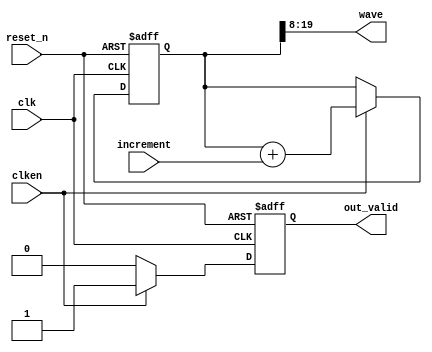
//
// Copyright (c) 2015 Thomas R. Murphy and Case Western Reserve University
// All Rights Reserved
//
// Developed by Thomas Russell Murphy (trm70) during employment as teaching
// assistant of EECS 301 at CWRU.
//
// THIS SOFTWARE IS PROVIDED BY THE COPYRIGHT HOLDERS AND CONTRIBUTORS ``AS IS''
// AND ANY EXPRESS OR IMPLIED WARRANTIES, INCLUDING, BUT NOT LIMITED TO, THE
// IMPLIED WARRANTIES OF MERCHANTABILITY AND FITNESS FOR A PARTICULAR PURPOSE ARE
// DISCLAIMED. IN NO EVENT SHALL THE COPYRIGHT HOLDER OR CONTRIBUTORS BE LIABLE FOR
// ANY DIRECT, INDIRECT, INCIDENTAL, SPECIAL, EXEMPLARY, OR CONSEQUENTIAL DAMAGES
// (INCLUDING, BUT NOT LIMITED TO, PROCUREMENT OF SUBSTITUTE GOODS OR SERVICES;
// LOSS OF USE, DATA, OR PROFITS; OR BUSINESS INTERRUPTION) HOWEVER CAUSED AND ON
// ANY THEORY OF LIABILITY, WHETHER IN CONTRACT, STRICT LIABILITY, OR TORT
// (INCLUDING NEGLIGENCE OR OTHERWISE) ARISING IN ANY WAY OUT OF THE USE OF THIS
// SOFTWARE, EVEN IF ADVISED OF THE POSSIBILITY OF SUCH DAMAGE.
//

module sawtooth_generator
       (
           input clk, reset_n,
           input clken,
           input [ 19: 0 ] increment,
           output signed [ 11: 0 ] wave,
           output reg out_valid
       );
//

reg signed [ 19: 0 ] accumulator;
assign wave = accumulator[ 19: 8 ];

always @( posedge clk or negedge reset_n ) begin
    if ( ~reset_n ) begin
        accumulator <= 1'b0;
        out_valid <= 1'b0;
    end
    else if ( clken ) begin
        accumulator <= accumulator + increment;
        out_valid <= 1'b1;
    end
    else begin
        accumulator <= accumulator;
        out_valid <= 1'b0;
    end
end

endmodule